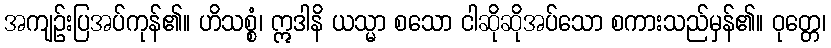
အကျဉ်းပြအပ်ကုန်၏။ ဟိသစ္စံ၊ ဣဒါနိ ယသ္မာ စသော ငါဆိုဆိုအပ်သော စကားသည်မှန်၏။ ဝုတ္တေ၊